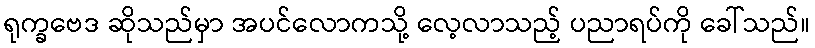
ရုက္ခဗေဒ ဆိုသည်မှာ အပင်လောကသို့ လေ့လာသည့် ပညာရပ်ကို ခေါ်သည်။